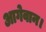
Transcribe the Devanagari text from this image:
आगेवान।